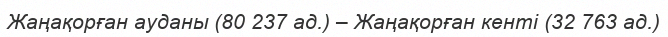
Жаңақорған ауданы (80 237 ад.) – Жаңақорған кенті (32 763 ад.)